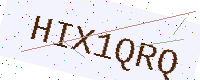
Text: HIX1QRQ